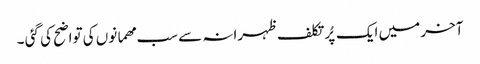
آخر میں ایک پُر تکلف ظہرانہ سے سب مھمانوں کی تواضح کی گئی ۔